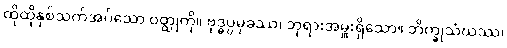
ထိုထိုနှစ်သက်အပ်သော ဝတ္ထုကို။ ဗုဒ္ဓပ္ပမုခဿ၊ ဘုရားအမှူးရှိသော။ ဘိက္ခုသံဃဿ၊